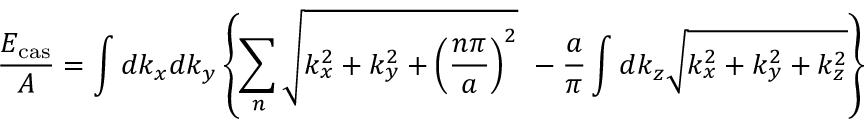
\frac { E _ { \mathrm { c a s } } } { A } = \int d k _ { x } d k _ { y } \left\{ \sum _ { n } \sqrt { k _ { x } ^ { 2 } + k _ { y } ^ { 2 } + \left( \frac { n \pi } { a } \right) ^ { 2 } } ~ - \frac { a } { \pi } \int d k _ { z } \sqrt { k _ { x } ^ { 2 } + k _ { y } ^ { 2 } + k _ { z } ^ { 2 } } \right\}